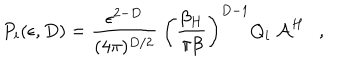
LaTeX: P _ { i } ( \epsilon , D ) = { \frac { \epsilon ^ { 2 - D } } { ( 4 \pi ) ^ { D / 2 } } } ~ \left( { \frac { \beta _ { H } } { \pi \beta } } \right) ^ { D - 1 } Q _ { i } ~ { \cal A } ^ { H } ,